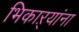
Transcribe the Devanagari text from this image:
भिकाऱ्यांना